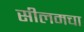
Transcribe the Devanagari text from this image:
सीलमचा